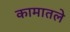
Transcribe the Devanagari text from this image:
कामातले